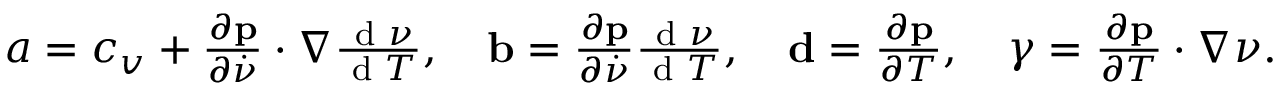
\begin{array} { r } { a = c _ { v } + \frac { \partial \mathbf p } { \partial \dot { \nu } } \cdot \nabla \frac { \textrm { d } \nu } { \textrm { d } T } , \quad \mathbf b = \frac { \partial \mathbf p } { \partial \dot { \nu } } \frac { \textrm { d } \nu } { \textrm { d } T } , \quad \mathbf d = \frac { \partial \mathbf p } { \partial T } , \quad \gamma = \frac { \partial \mathbf p } { \partial T } \cdot \nabla \nu . } \end{array}